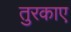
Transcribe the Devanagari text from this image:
तुरकाए